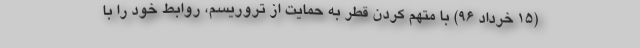
(۱۵ خرداد ۹۶) با متهم کردن قطر به حمایت از تروریسم، روابط خود را با